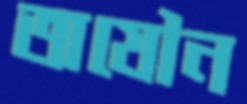
অযৌন